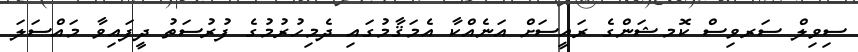
ސިވިލް ސަރވިސް ކޮމޝަންގެ ރައީސަށް އަނެއްކާ އެމަޤާމުގައި ދެމިހުރުމުގެ ފުރުސަތު ދީފައިވާ މައްސަލަ